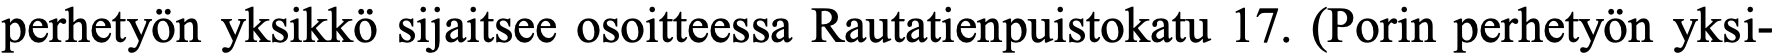
perhetyön yksikkö sijaitsee osoitteessa Rautatienpuistokatu 17. (Porin perhetyön yksi-